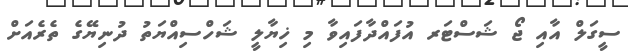
ސީގަލް އާއި ޖޯ ޝަސްޓަރ އުފައްދާފައިވާ މި ޚިޔާލީ ޝަހްސިއްޔަތު ދުނިޔޭގެ ތެރެއަށް